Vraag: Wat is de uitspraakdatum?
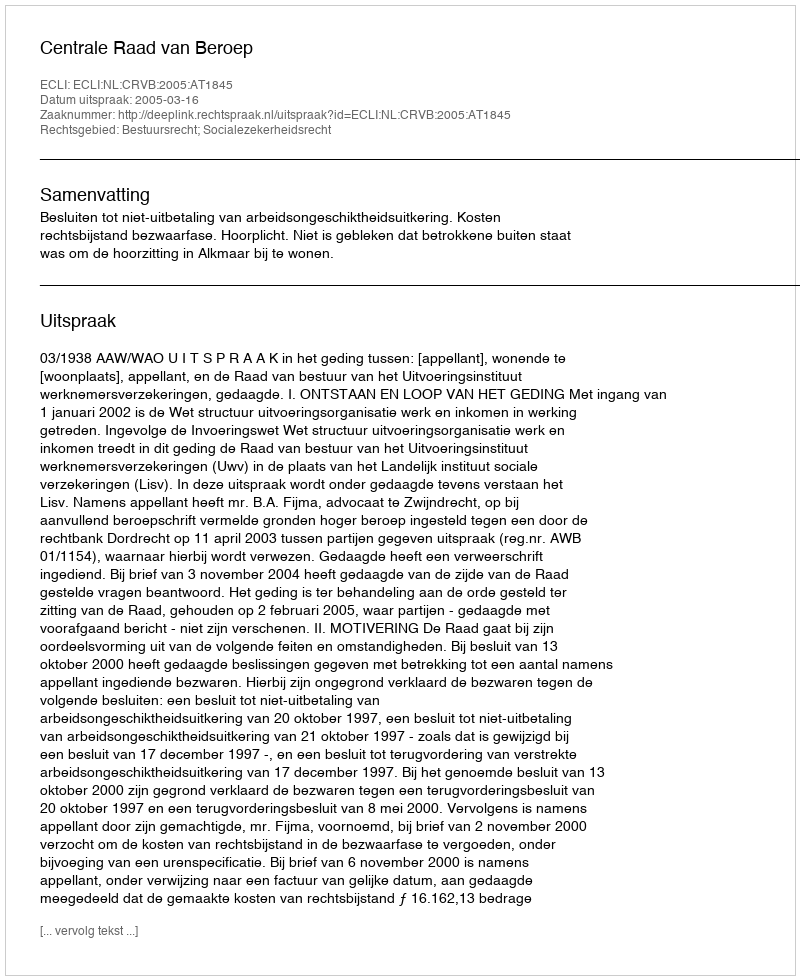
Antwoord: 2005-03-16